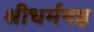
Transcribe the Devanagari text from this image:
श्रीधर्मषष्ठ